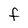
Character: f